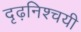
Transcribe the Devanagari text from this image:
दृढ़निश्‍चयी